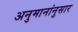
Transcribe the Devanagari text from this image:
अनुमानांनुसार